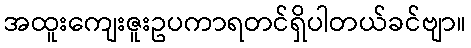
အထူးကျေးဇူးဥပကာရတင်ရှိပါတယ်ခင်ဗျာ။